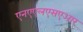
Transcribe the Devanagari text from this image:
एनएएलएसएआर